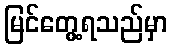
မြင်တွေ့ရသည်မှာ